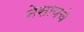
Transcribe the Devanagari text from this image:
नेसायचे